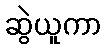
ဆွဲယူကာ